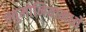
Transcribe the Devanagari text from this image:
न्युमोनियामध्ये